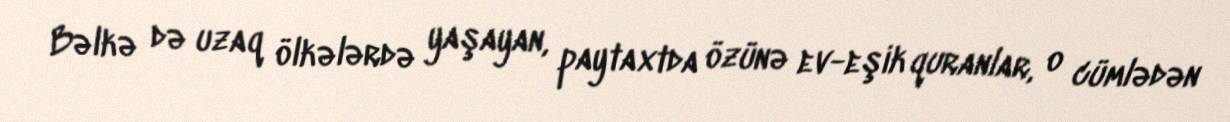
Bəlkə də uzaq ölkələrdə yaşayan, paytaxtda özünə ev-eşik quranlar, o cümlədən